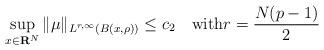
LaTeX: \begin{align*}\sup_{x\in{\bf R}^N}\|\mu\|_{L^{r,\infty}(B(x,\rho))}\le c_2\quad\mbox{with}r=\frac{N(p-1)}{2} \end{align*}